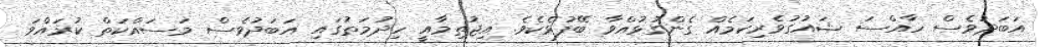
އަބަދުވެސް ހާއްސަ ޝައުގުވެރިކަމެއް ގެންގުޅުއްވާ ބޭފުޅެކެވެ. އިޖުތިމާއީ ހިދުމަތުގައި އަބަދުވެސް މަސައްކަތް ކުރައްވަ